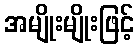
အမျိုးမျိုးဖြင့်